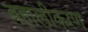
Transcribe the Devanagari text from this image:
बहालीकरण